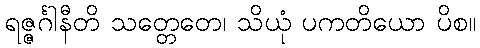
ရဇ္ဇင်္ဂါနီတိ သတ္တေတေ၊ သိယုံ ပကတိယော ပိစ။